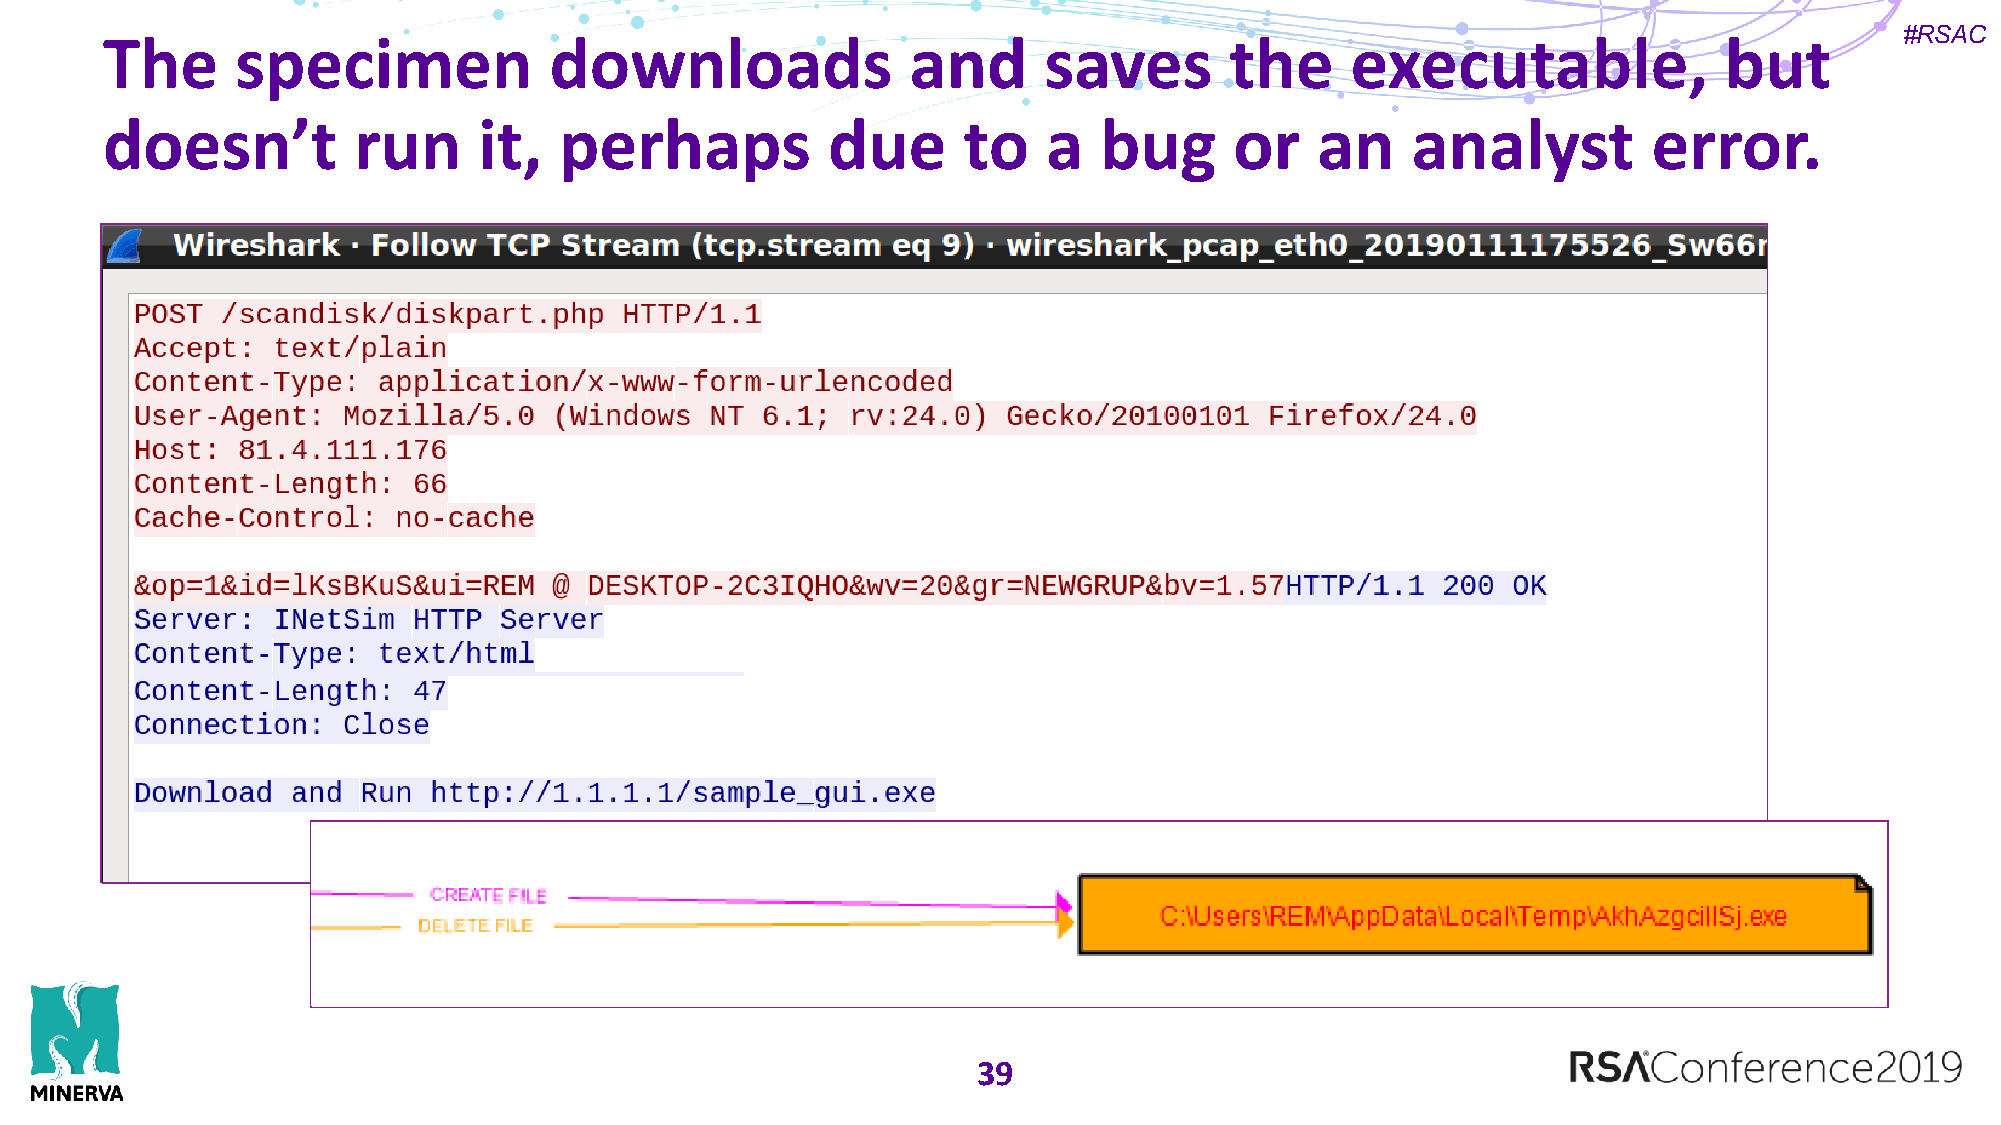
#RSAC
 The      specimen            downloads               and      saves       the     executable,              but
 doesn’t         run      it,  perhaps           due      to   a   bug      or   an    analyst         error.
 39